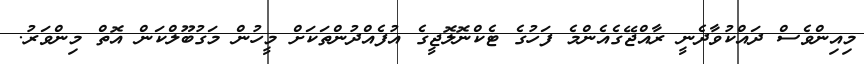
މިއިންވެސް ދައްކުވާދެނީ ރާއްޖޭގެއެންމެ ފަހުގެ ޓެކްނޮލޮޖީގެ އުފެއްދުންތަކަށް މީހުން މަގުބޫލްކަން އޮތް މިންވަރު.